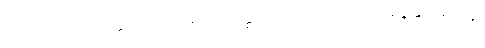
(ပုညကရိယိဝတ္ထု၊ ပုညကိရိယဝတ္ထုလည်းကောင်း။) အဗ္ဘနုမောဒနံ၊